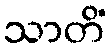
သာတိံ